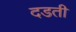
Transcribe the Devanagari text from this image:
दडती